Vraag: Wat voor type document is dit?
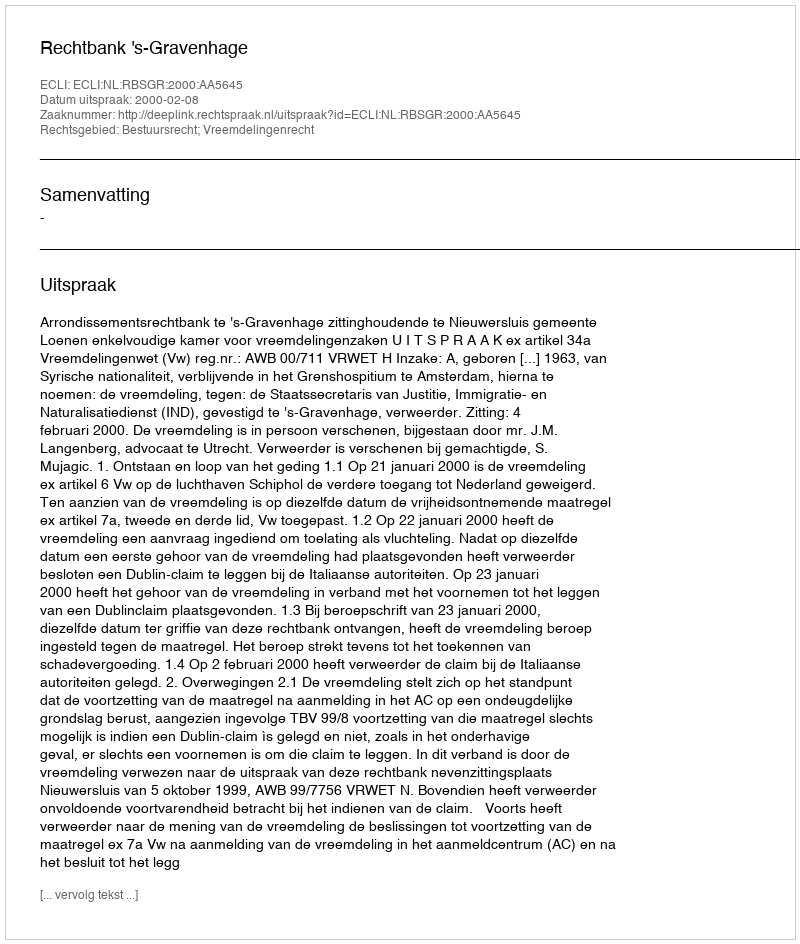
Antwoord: Uitspraak